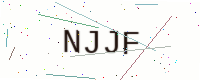
Text: NJJF